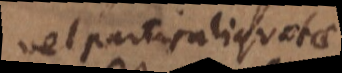
vel partis aliquotae